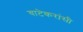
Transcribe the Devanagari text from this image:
वाटेकरांसी